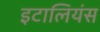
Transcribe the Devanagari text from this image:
इटालियंस